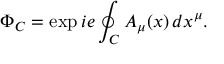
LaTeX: \Phi _ { C } = \exp i e \oint _ { C } A _ { \mu } ( x ) \, d x ^ { \mu } .